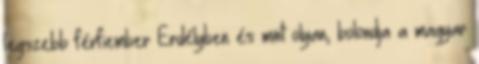
legszebb férfiember Erdélyben és mint olyan, bolondja a magyar